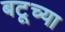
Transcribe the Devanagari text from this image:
बटूच्या